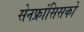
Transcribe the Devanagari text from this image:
सेनफ्रांसिसको